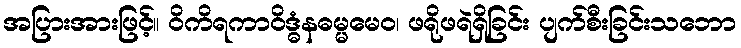
အပြားအားဖြင့်။ ဝိကိရကာဝိဒ္ဓံနဓမ္မမေဝ၊ ဖရိုဖရဲရှိခြင်း ပျက်စီးခြင်းသဘော